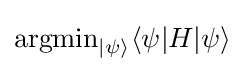
\operatorname {argmin} _{|\psi \rangle }\langle \psi |H|\psi \rangle